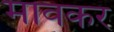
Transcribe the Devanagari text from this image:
मावकर